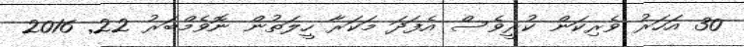
30 އަހަރު ވެރިކަން ކުރީވެސް އެފަދަ މަކަރާ ހީލަތުން ނޮވެމްބަރު 22